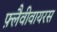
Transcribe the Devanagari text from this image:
फ़्लैवीवायरस